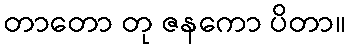
တာတော တု ဇနကော ပိတာ။